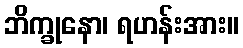
ဘိက္ခုနော၊ ရဟန်းအား။